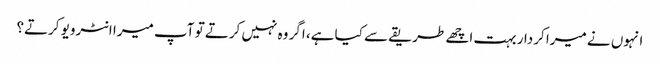
انہوں نے میرا کردار بہت اچھے طریقے سے کیا ہے، اگر وہ نہیں کرتے تو آپ میرا انٹرویو کرتے؟